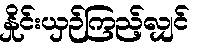
နှိုင်းယှဉ်ကြည့်လျှင်